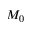
M _ { 0 }